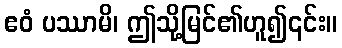
ဧဝံ ပဿာမိ၊ ဤသို့မြင်၏ဟူ၍၎င်း။